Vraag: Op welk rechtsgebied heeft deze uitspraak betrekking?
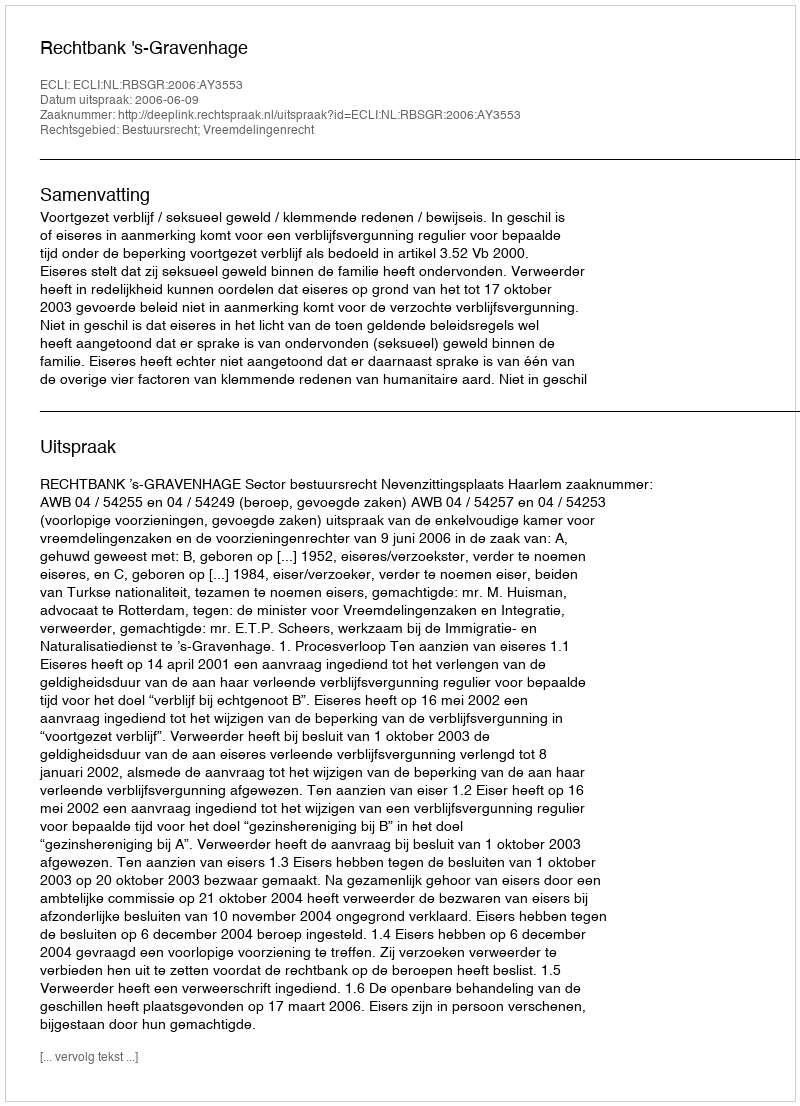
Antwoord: Bestuursrecht; Vreemdelingenrecht